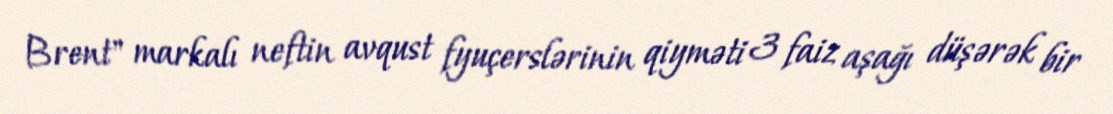
Brent" markalı neftin avqust fyuçerslərinin qiyməti 3 faiz aşağı düşərək bir